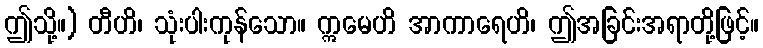
ဤသို့။) တီဟိ၊ သုံးပါးကုန်သော။ ဣမေဟိ အာကာရေဟိ၊ ဤအခြင်းအရာတို့ဖြင့်။